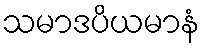
သမာဒပိယမာနံ